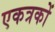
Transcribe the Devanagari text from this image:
एकत्रकों